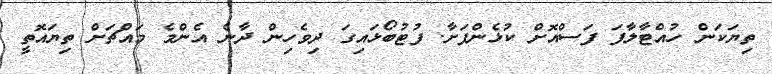
ތިޔަކަން ހުއްޓާލާފަ ފަސްއޮށް ކުޅެންފަށާ. ފުޓުބޯޅައިގަ ދިވެހިން ދާނެ އެންމެ މައްޗަށް ތިޔައޮތީ